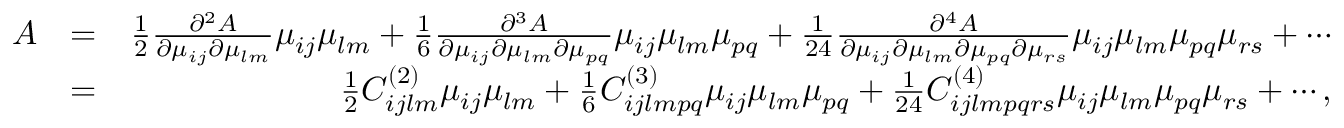
\begin{array} { r l r } { A } & { = } & { \frac { 1 } { 2 } \frac { \partial ^ { 2 } A } { \partial \mu _ { i j } \partial \mu _ { l m } } \mu _ { i j } \mu _ { l m } + \frac { 1 } { 6 } \frac { \partial ^ { 3 } A } { \partial \mu _ { i j } \partial \mu _ { l m } \partial \mu _ { p q } } \mu _ { i j } \mu _ { l m } \mu _ { p q } + \frac { 1 } { 2 4 } \frac { \partial ^ { 4 } A } { \partial \mu _ { i j } \partial \mu _ { l m } \partial \mu _ { p q } \partial \mu _ { r s } } \mu _ { i j } \mu _ { l m } \mu _ { p q } \mu _ { r s } + \cdots } \\ & { = } & { \frac { 1 } { 2 } C _ { i j l m } ^ { ( 2 ) } \mu _ { i j } \mu _ { l m } + \frac { 1 } { 6 } C _ { i j l m p q } ^ { ( 3 ) } \mu _ { i j } \mu _ { l m } \mu _ { p q } + \frac { 1 } { 2 4 } C _ { i j l m p q r s } ^ { ( 4 ) } \mu _ { i j } \mu _ { l m } \mu _ { p q } \mu _ { r s } + \cdots , } \end{array}